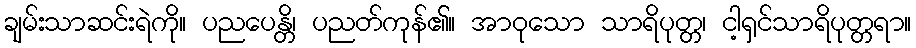
ချမ်းသာဆင်းရဲကို။ ပညပေန္တိ၊ ပညတ်ကုန်၏။ အာဝုသော သာရိပုတ္တ၊ ငါ့ရှင်သာရိပုတ္တရာ။